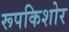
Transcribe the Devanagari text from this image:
रूपकिशोर